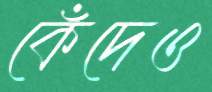
কেঁদেও